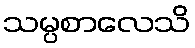
သမ္ပစာလေသိ